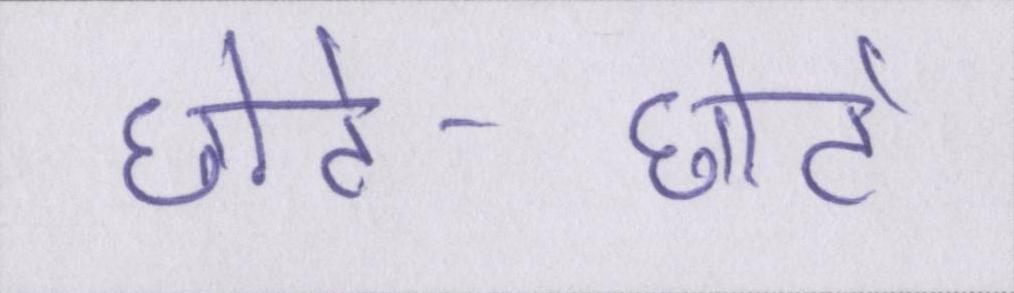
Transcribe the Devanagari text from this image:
छोटे-छोटे